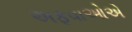
અફવાઓએ